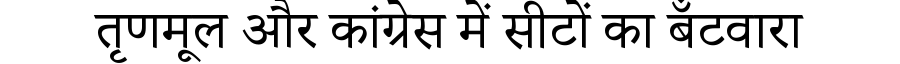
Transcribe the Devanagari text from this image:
तृणमूल और कांग्रेस में सीटों का बँटवारा